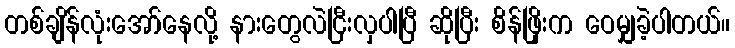
တစ်ချိန်လုံးအော်နေလို့ နားတွေလဲငြီးလှပါပြီ ဆိုပြီး စိန်ဖြိုးက ဝေမျှခဲ့ပါတယ်။